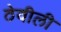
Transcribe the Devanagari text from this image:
ठेवीली